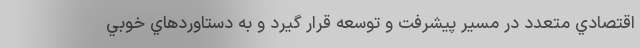
اقتصادي متعدد در مسير پيشرفت و توسعه قرار گيرد و به دستاوردهاي خوبي